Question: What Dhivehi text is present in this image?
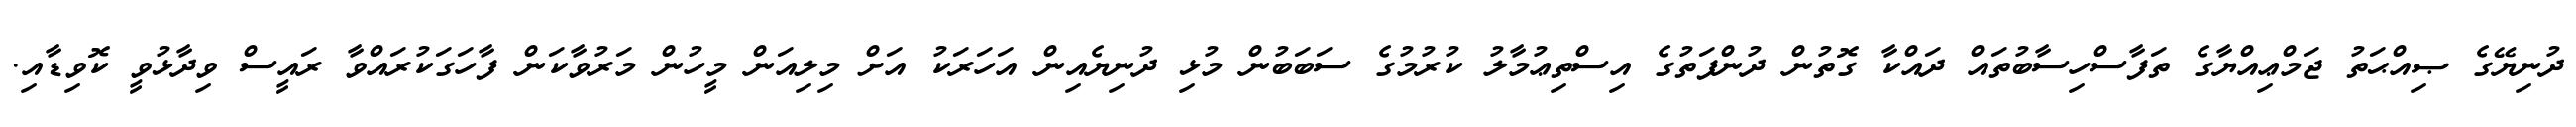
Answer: ދުނިޔޭގެ ޞިއްޙަތު ޖަމްޢިއްޔާގެ ތަފާސްހިސާބުތައް ދައްކާ ގޮތުން ދުންފަތުގެ އިސްތިޢުމާލު ކުރުމުގެ ސަބަބުން މުޅި ދުނިޔެއިން އަހަރަކު އަށް މިލިއަން މީހުން މަރުވާކަން ފާހަގަކުރައްވާ ރައީސް ވިދާޅުވީ ކޮވިޑާއި.